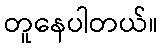
တူနေပါတယ်။